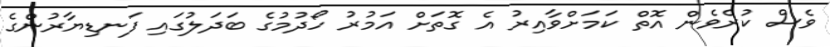
ވެސް ކުރެވެން އޮތް ކަމަށްވާއިރު އެ ގޮތަށް އަމުރު ހޯދުމުގެ ބަދަލުގައި ފަނޑިޔާރުންގެ